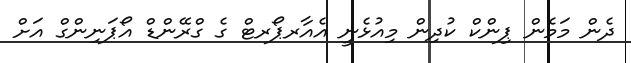
ދެން މަމެން ޕިންކް ކުދިން މިއުޅެނީ އެއާރޕޯރޓް ގެ ގްރޭންޑް އޯޕަނިންގް އަށް